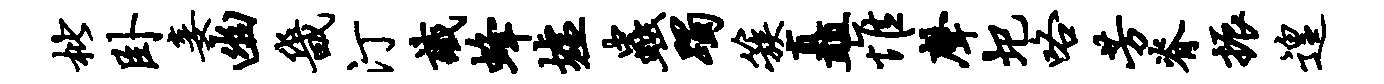
枇卧妾幽畿汀识蜂墟虫躅簇矗惟声圯咯芳脊振遑